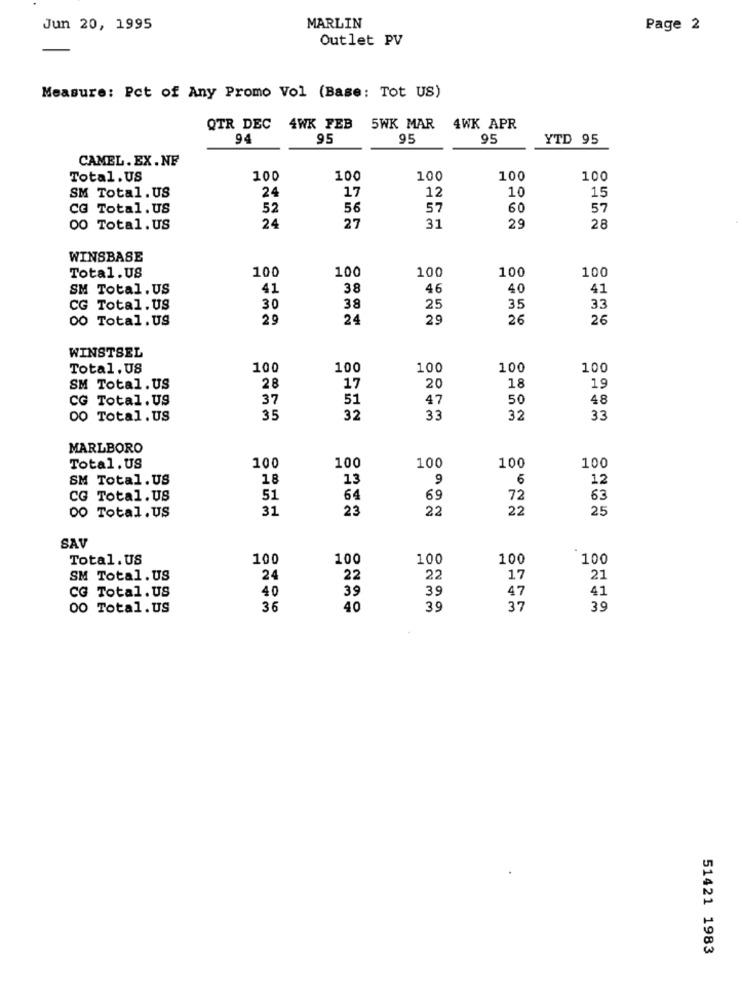
Jun 20, 1995
MARLIN
Page 2
Outlet PV
Measure: Pct of Any Promo Vol (Base: Tot US)
QTR DEC 4WK FEB 5WK MAR 4WK APR
94
95
95
95
YTD 95
CAMEL. EX.NF
Total.US
100
100
100
100
100
24
17
15
SM Total. US
12
10
CG Total. US
52
56
57
60
57
00 Total.US
24
27
31
29
28
WINSBASE
100
100
100
Total.US
100
100
SM Total. US
41
38
46
40
41
38
35
33
CG Total. US
30
25
00 Total.US
2.9
24
29
26
26
WINSTSEL
Total. US
100
100
100
100
100
28
20
19
SM Total. US
17
18
CG Total. US
37
51
47
50
48
DO Total. US
35
32
33
32
33
MARLBORO
100
100
100
Total. US
100
100
SM Total. US
18
13
9
6
12
CG Total. US
51
64
69
72
63
31
23
22
22
25
00 Total. US
SAV
Total. US
100
100
100
100
100
SM Total. US
24
22
22
17
21
CG Total.US
40
39
39
47
41
00 Total.US
36
40
39
37
39
51421 1983